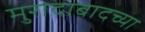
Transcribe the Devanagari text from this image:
मुरादाबादच्या